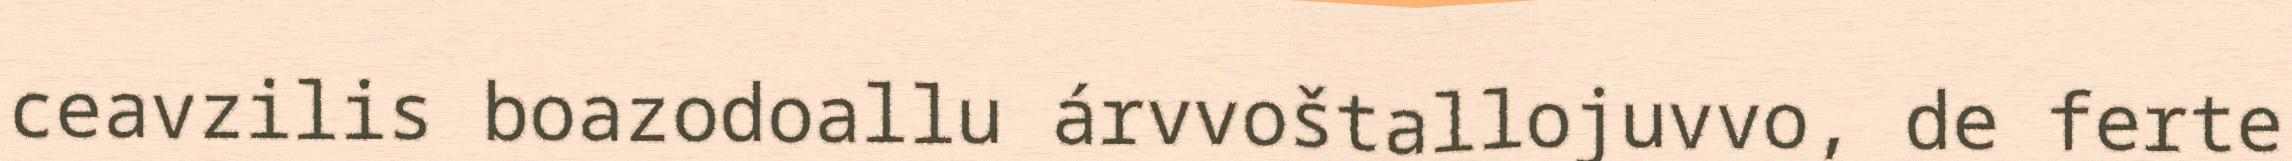
ceavzilis boazodoallu árvvoštallojuvvo, de ferte